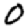
Digit: 0